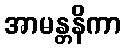
အာမန္တနိကာ